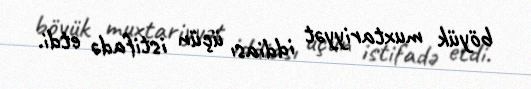
böyük muxtariyyət iddiası üçün istifadə etdi.